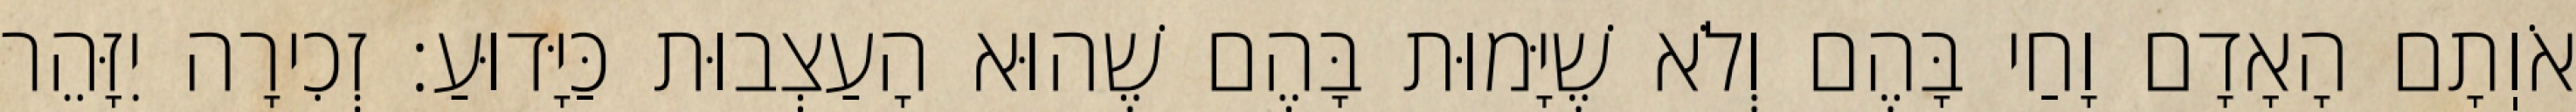
אֹוֽתָם הָאָדָם וָחַי בָּהֶם וְלֹא שֶׁיָּמוּת בָּהֶם שֶׁהוּא הָעַצְבוּת כַּיָּדוּעַ: זְכִירָה יִזָּהֵר